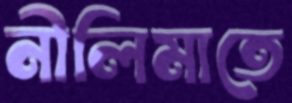
নীলিমাতে